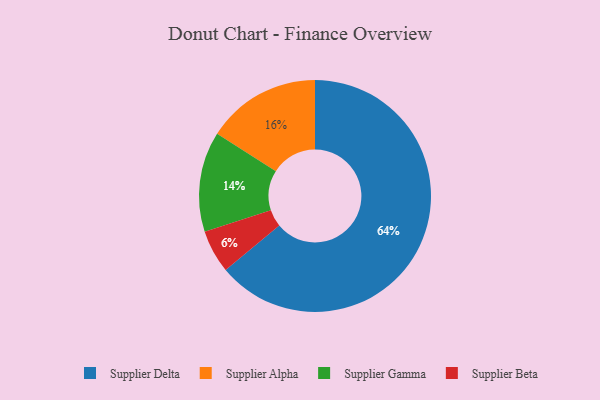
{"axis": {"x": "Category", "y": "Percentage"}, "legend": ["Supplier Alpha", "Supplier Beta", "Supplier Delta", "Supplier Gamma"], "data": [{"x": "Supplier Alpha", "y": 16, "type": "Supplier Alpha"}, {"x": "Supplier Gamma", "y": 14, "type": "Supplier Gamma"}, {"x": "Supplier Beta", "y": 6, "type": "Supplier Beta"}, {"x": "Supplier Delta", "y": 64, "type": "Supplier Delta"}]}